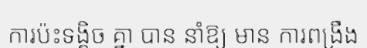
ការប៉ះទង្គិច គ្នា បាន នាំឱ្យ មាន ការពង្រឹង